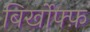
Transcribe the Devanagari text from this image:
बिर्खोफ्फ़